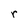
Character: r